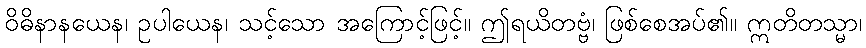
ဝိဓိနာနယေန၊ ဥပါယေန၊ သင့်သော အကြောင့်ဖြင့်။ ဤရယိတဗ္ဗံ၊ ဖြစ်စေအပ်၏။ ဣတိတသ္မာ၊